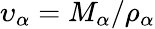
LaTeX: \upsilon_{\alpha}=M_{\alpha}/\rho_{\alpha}